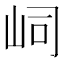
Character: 㟃